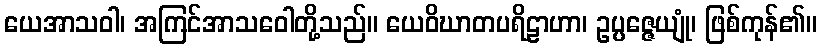
ယေအာသဝါ၊ အကြင်အာသဝေါတို့သည်။ ယေဝိဃာတပရိဠာဟာ၊ ဥပ္ပဇ္ဇေယျုံ၊ ဖြစ်ကုန်၏။